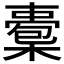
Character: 𣚇